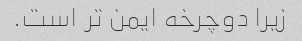
زیرا دوچرخه ایمن تر است.